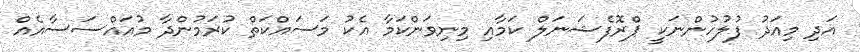
އަދި މިއަދު ފުލުހުންނަކީ ޕްރޮފެޝަނަލް ކަމާއި މިނިވަންކަމާ އެކު މަސައްކަތް ކުރަމުންދާ މުއައްސަސާއެއް